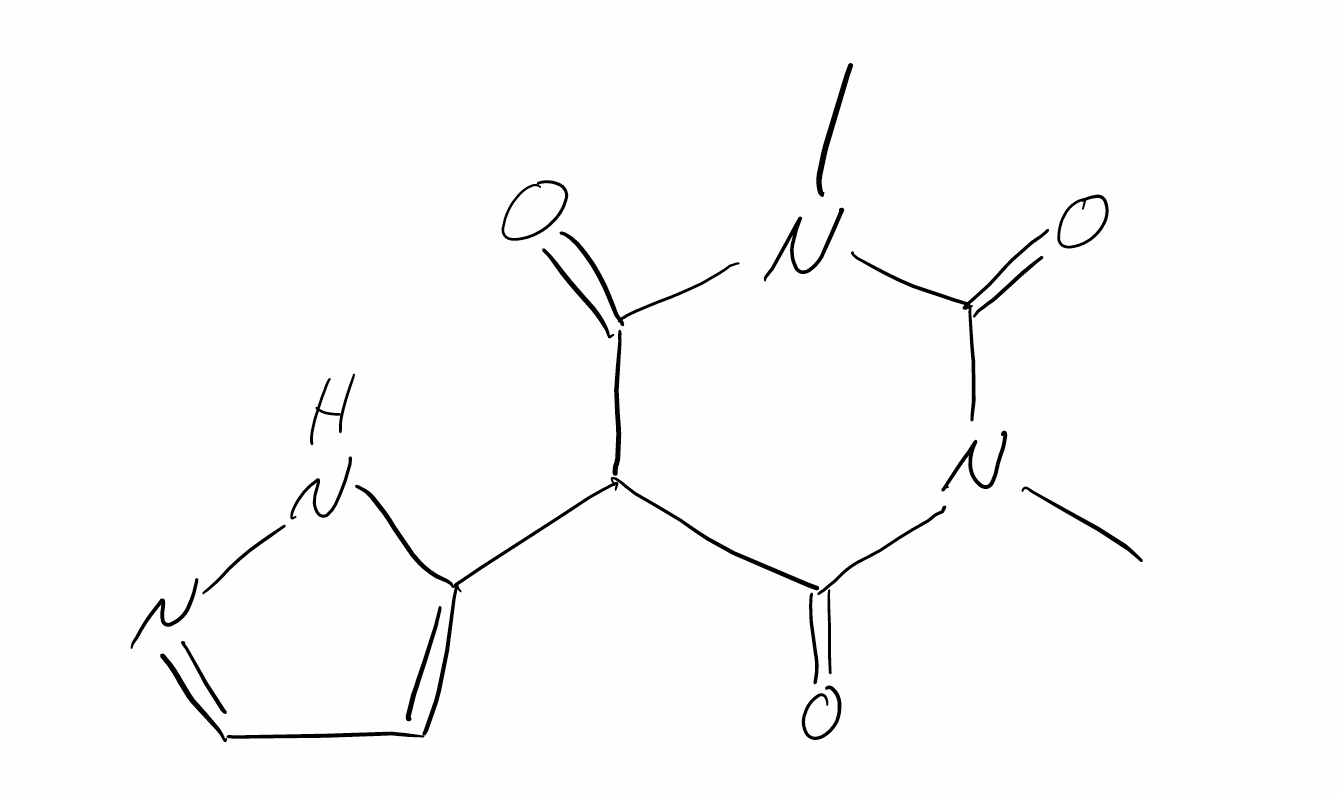
Simplified molecular-input line-entry system (SMILES) notation of the given molecule:
CN1C(=O)C(C(=O)N(C1=O)C)C2=CC=NN2